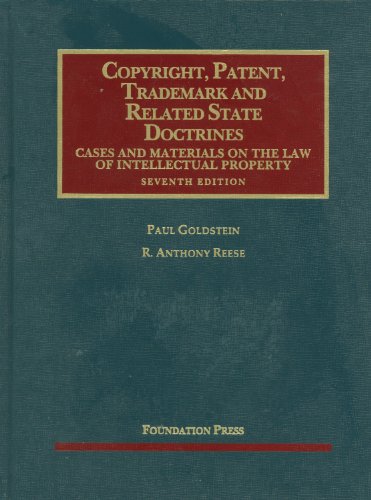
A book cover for Copyright, Patent, Trademark and Related State Doctrines (University Casebook Series); Paul Goldstein; Law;